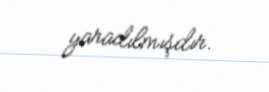
yaradılmışdır.